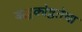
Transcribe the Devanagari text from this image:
बद्धकोष्ठतेचा